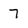
Character: 7